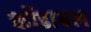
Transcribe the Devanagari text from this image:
कोंडाबल